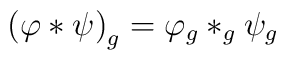
\left( \varphi *\psi \right) _g=\varphi _g*_g\psi _g